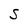
Character: S